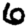
Digit: 6